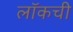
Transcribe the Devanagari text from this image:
लॉकची